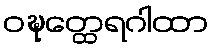
ဝဍ္ဎတ္ထေရဂါထာ